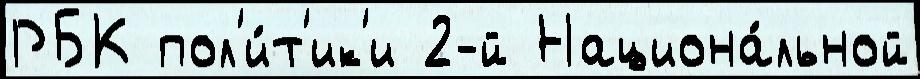
РБК пол'и́т'ик'и 2-й Национа́льной